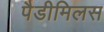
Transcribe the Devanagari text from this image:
पैडीमिलस